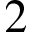
2